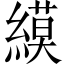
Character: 縸